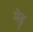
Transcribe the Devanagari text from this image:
मेट्टू